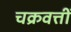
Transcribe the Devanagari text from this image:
चक्रवत्तीं